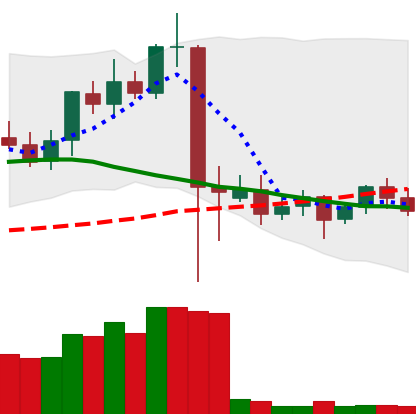
Ticker: ETC-USD
Chart end date: 2021-09-17
Forward return: -9.433%
Label: down_7plus